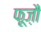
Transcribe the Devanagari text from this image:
फ़ूज़ौ